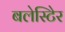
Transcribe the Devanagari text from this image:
बलेस्टिेर